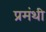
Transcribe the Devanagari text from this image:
प्रमंथी